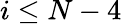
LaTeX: i\le N-4